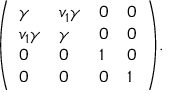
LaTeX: { \left( \begin{array} { l l l l } { \gamma } & { v _ { 1 } \gamma } & { 0 } & { 0 } \\ { v _ { 1 } \gamma } & { \gamma } & { 0 } & { 0 } \\ { 0 } & { 0 } & { 1 } & { 0 } \\ { 0 } & { 0 } & { 0 } & { 1 } \end{array} \right) } .